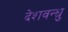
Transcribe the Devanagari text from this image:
देशवन्धु